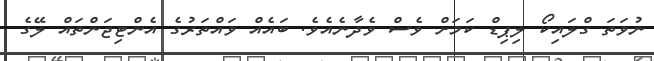
ނުވަތަ ގްލައިކޯ ލިޕިޑް ކަމަށް ވެސް ވެދާނެއެވެ. ބައެއް ވައްތަރުގެ އެންޓިޖަންތައް ލޭގެ